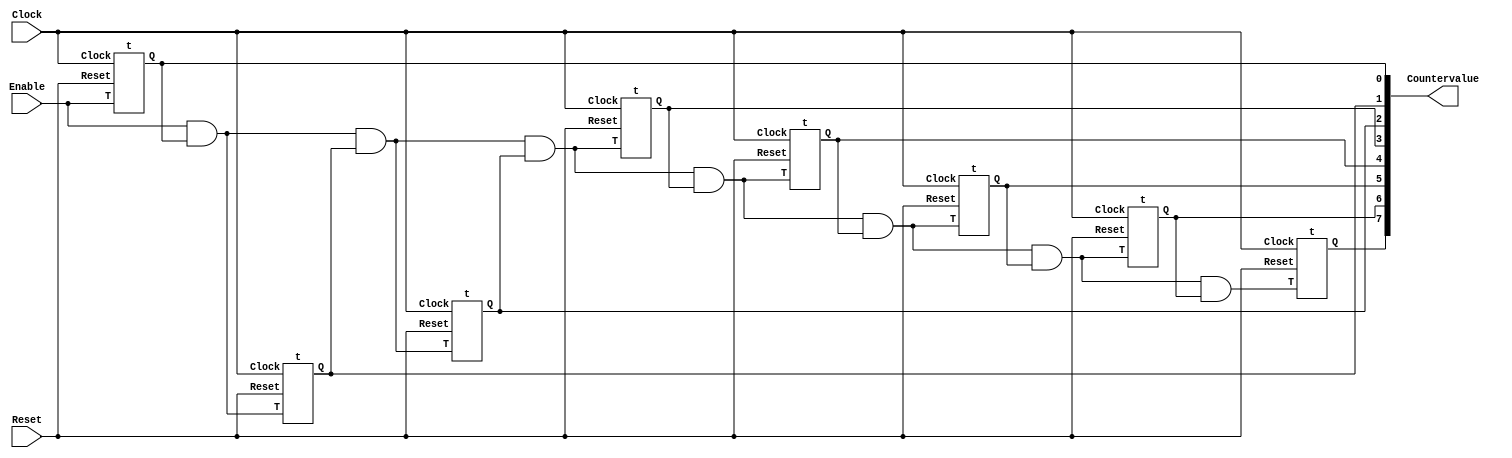
`timescale 1ns / 1ns

module part1 (input Clock, input Enable, input Reset, output [7:0] Countervalue);

  wire [7:0] w;

  assign w[0] = Enable;
  assign w[1] = w[0] & Countervalue[0];
  assign w[2] = w[1] & Countervalue[1];
  assign w[3] = w[2] & Countervalue[2];
  assign w[4] = w[3] & Countervalue[3];
  assign w[5] = w[4] & Countervalue[4];
  assign w[6] = w[5] & Countervalue[5];
  assign w[7] = w[6] & Countervalue[6];

  t T0 (Clock, w[0], Reset, Countervalue[0]);
  t T1 (Clock, w[1], Reset, Countervalue[1]);
  t T2 (Clock, w[2], Reset, Countervalue[2]);
  t T3 (Clock, w[3], Reset, Countervalue[3]);
  t T4 (Clock, w[4], Reset, Countervalue[4]);
  t T5 (Clock, w[5], Reset, Countervalue[5]);
  t T6 (Clock, w[6], Reset, Countervalue[6]);
  t T7 (Clock, w[7], Reset, Countervalue[7]);
endmodule

module t (input Clock, input T, input Reset, output reg Q);
  always @(posedge Clock) 
  begin
    if (Reset) 
      Q <= 1'b0;
    else 
      Q <= Q ^ T; 
  end
endmodule